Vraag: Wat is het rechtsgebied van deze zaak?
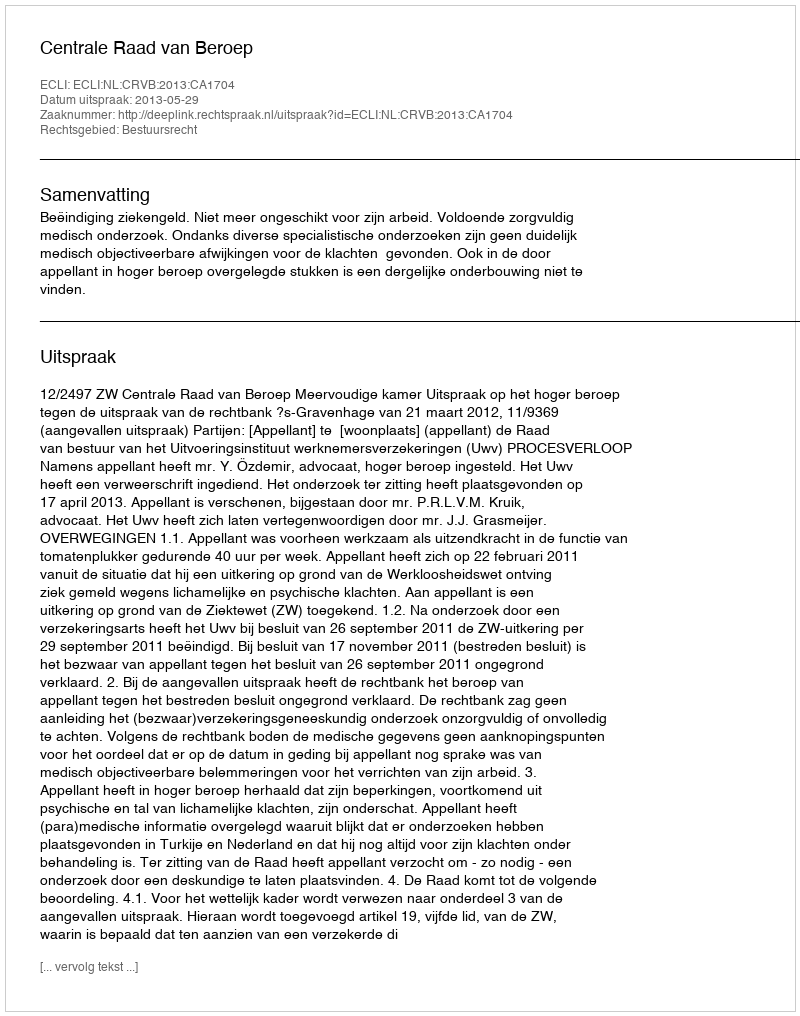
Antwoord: Bestuursrecht